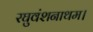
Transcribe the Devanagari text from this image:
रघुवंशनाथम।